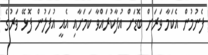
ފެނުމުން އެކަމާ ވަރަށް ބޮޑަށް އުފާކުރައްވާ ކަމަށާއި އެއީ އުފަލުން ފޮޅޭ ވަރުގެ